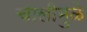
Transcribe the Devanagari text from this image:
चालीमुळे